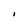
Character: I